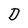
Character: D